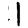
Digit: 1